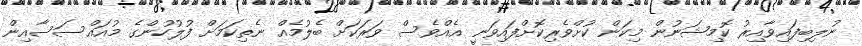
ނުލިބިފައިވާއިރު ކޮމިޝަނުން މިކަން ކުށްވެރިކޮށްފައިވަނީ އެއްވެސް ވަރަކަށް ބެލުމެއް ނެތިކަމަށް ފުލުހުންގެ މުއައްސަސާއިން